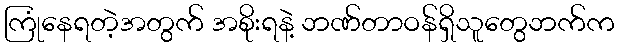
ကြုံနေရတဲ့အတွက် အစိုးရနဲ့ ဘဏ်တာဝန်ရှိသူတွေဘက်က